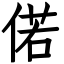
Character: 偌